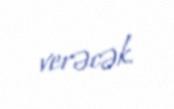
verəcək.